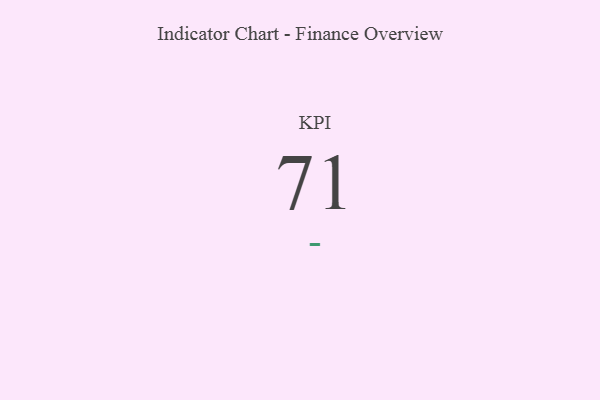
{"axis": {"x": "KPI", "y": "Value"}, "legend": [""], "data": [{"x": "KPI", "y": 71, "type": ""}]}